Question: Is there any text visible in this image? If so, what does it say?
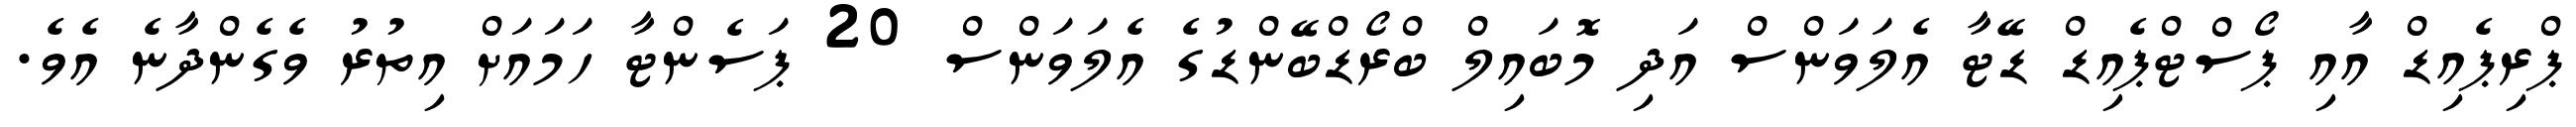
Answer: ޕްރިޕެއިޑް އާއި ޕޯސްޓްޕެއިޑް ޑޭޓާ އެލަވަންސް އަދި މޮބައިލް ބްރޯޑްބޭންޑުގެ އެލަވަންސް 20 ޕަސެންޓާ ހަމައަށް އިތުރު ވެގެންދާނެ އެވެ.